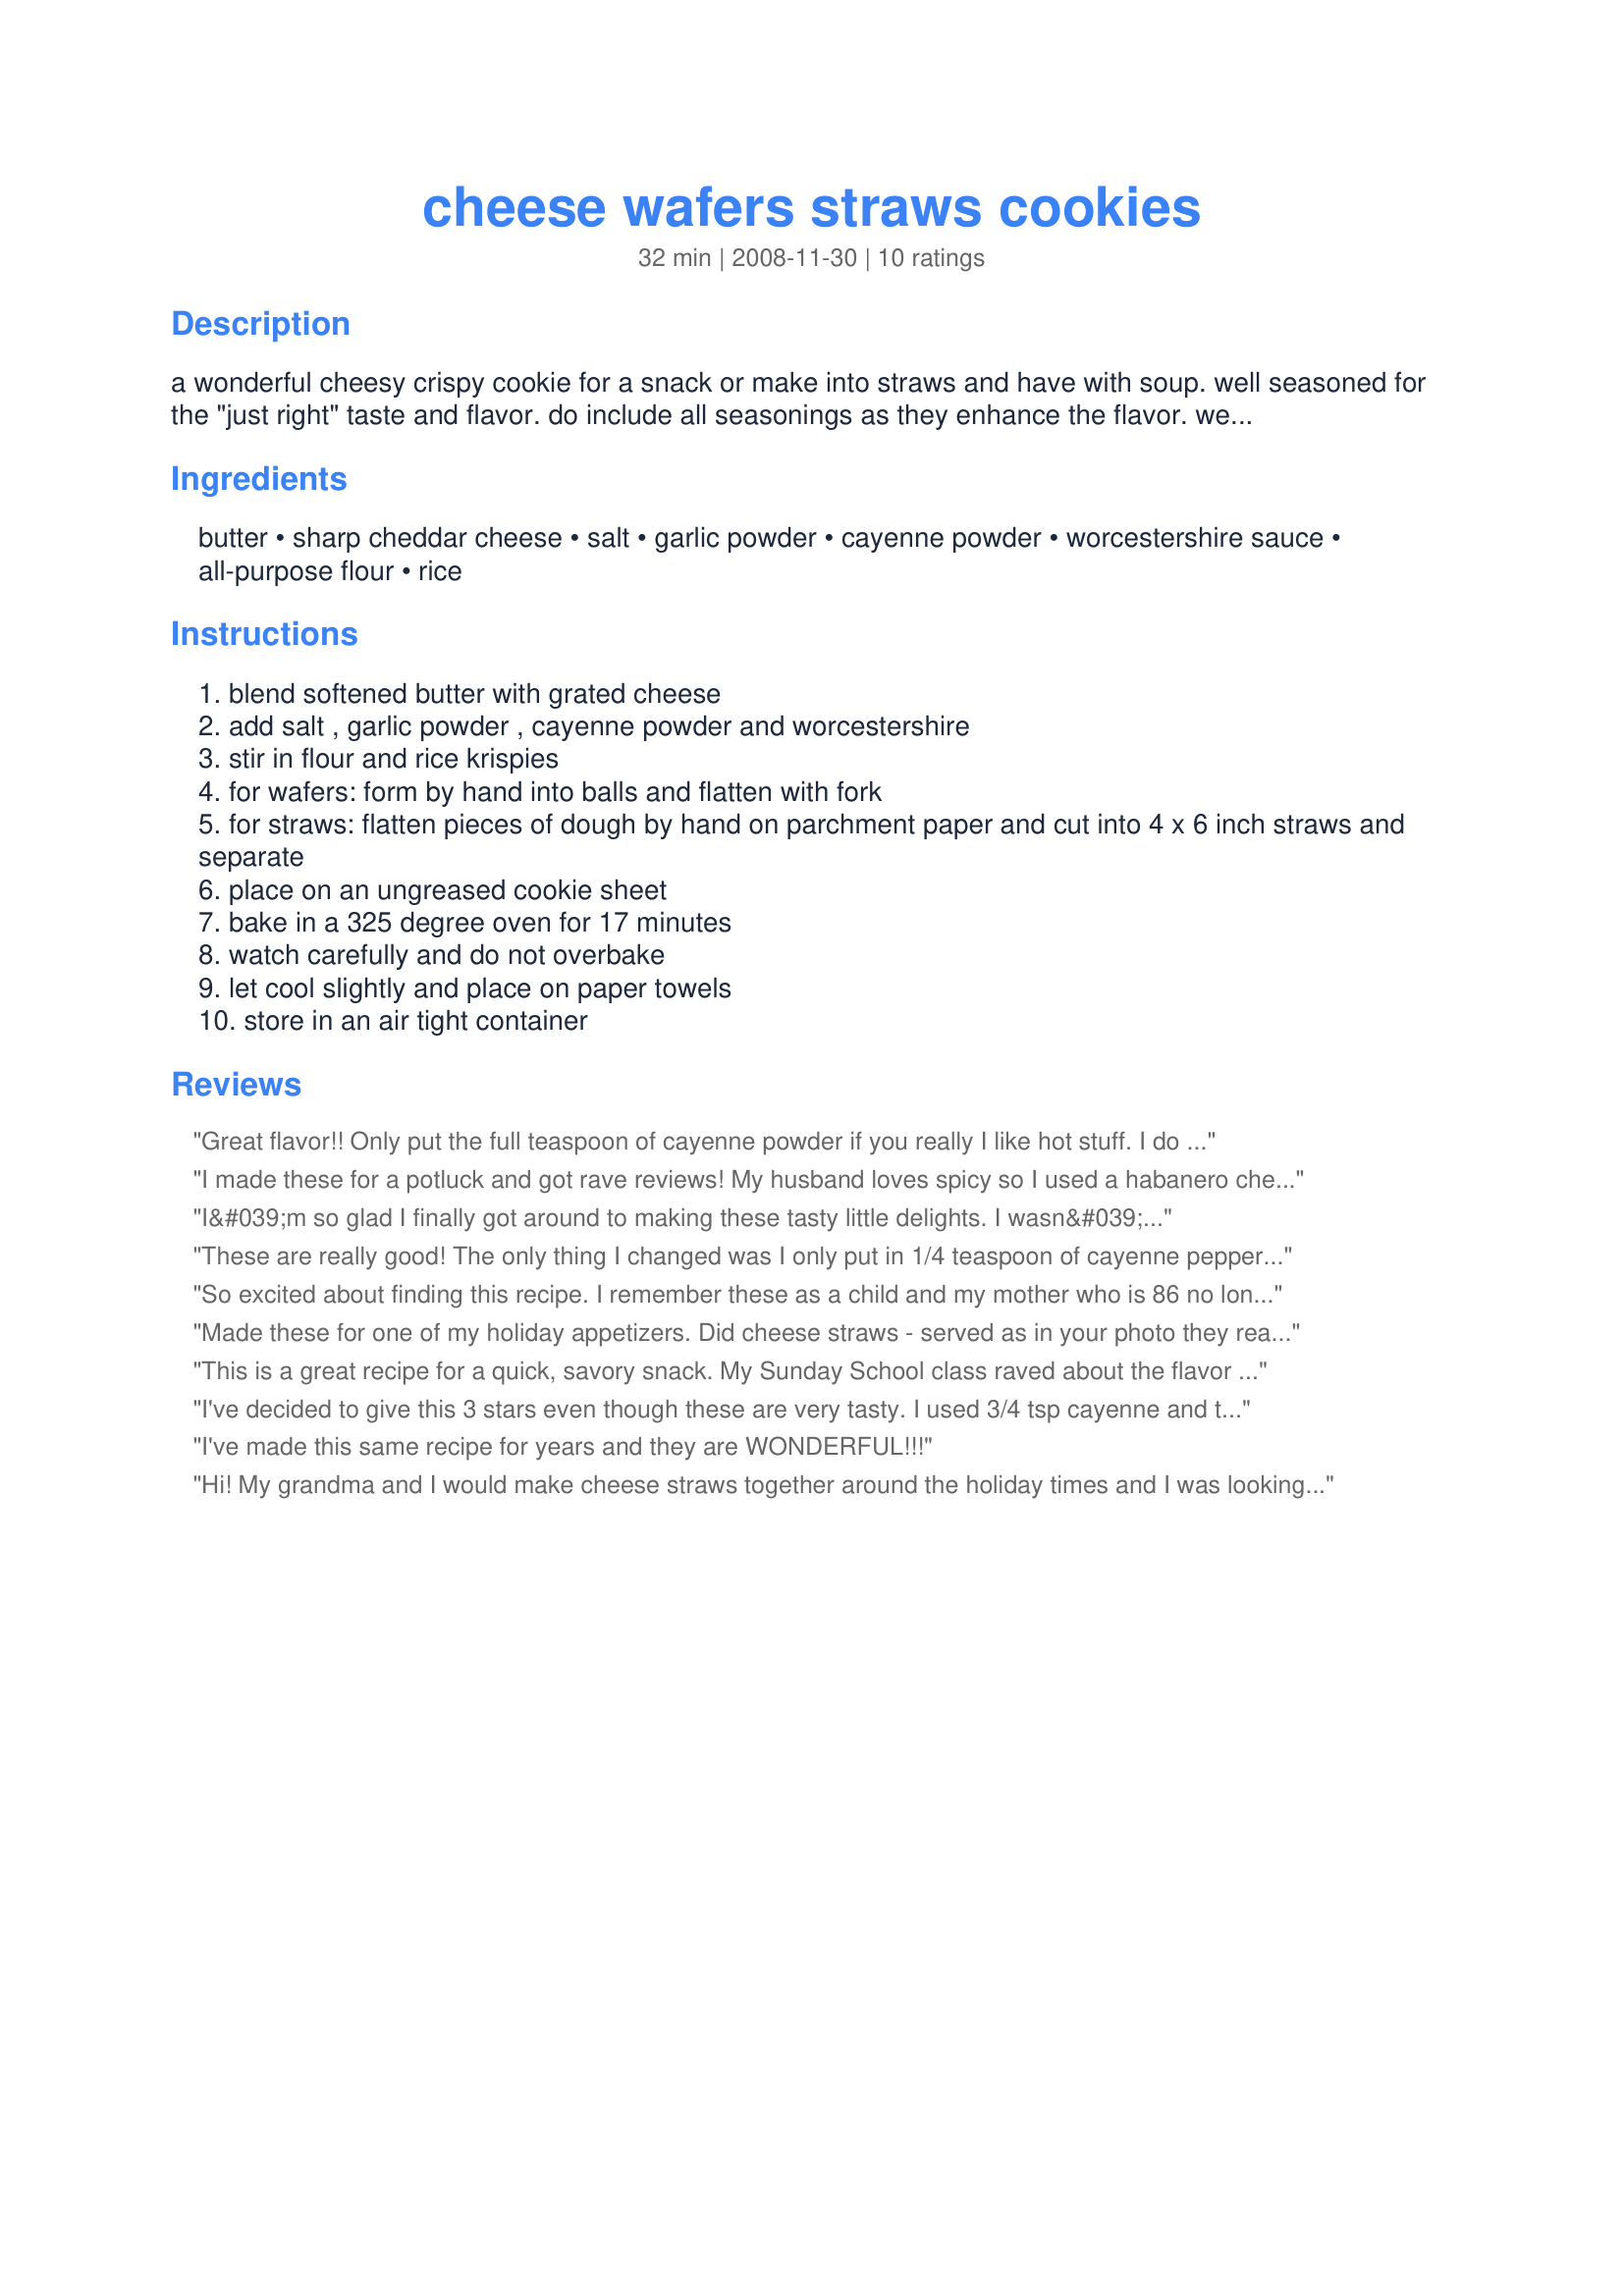
cheese wafers straws cookies
Preparation time: 32 minutes

a wonderful cheesy crispy cookie for a snack or make into straws and have with soup. well seasoned for the "just right" taste and flavor. do include all seasonings as they enhance the flavor. we are a third generation family enjoying these cheese wafers or cheese krispies as some of us call them. a great appetizer for parties or weddings. they go well with coffee, fruit drink or a cocktail. note: put only 1/2 teaspoon cayenne powder if you don't like it very hot.

Ingredients:
butter, sharp cheddar cheese, salt, garlic powder, cayenne powder, worcestershire sauce, all-purpose flour, rice

Steps:
blend softened butter with grated cheese
add salt , garlic powder , cayenne powder and worcestershire
stir in flour and rice krispies
for wafers: form by hand into balls and flatten with fork
for straws: flatten pieces of dough by hand on parchment paper and cut into 4 x 6 inch straws and separate
place on an ungreased cookie sheet
bake in a 325 degree oven for 17 minutes
watch carefully and do not overbake
let cool slightly and place on paper towels
store in an air tight container

Reviews:
Great flavor!! Only put the full teaspoon of cayenne powder if you really I like hot stuff. I do so I put the whole teaspoon. I think I mixed the butter and cheese wrong because my mix came out very dry. Next time I will use a blender and a little more butter. But this is a really great recipe, and I will try to get it right next time
I made these for a potluck and got rave reviews! My husband loves spicy so I used a habanero cheddar. They were really spicy, and I missed the sharp cheddar taste, so next time I think I will use 1/2 extra sharp cheddar, and 1/2 habanero cheddar.
I&#039;m so glad I finally got around to making these tasty little delights. I wasn&#039;t sure how well I liked them at first, I thought the worcestershire sauce seemed a little over powering, but they really grew on me and now I can&#039;t stop eating them They would be wonderful with a glass of wine or a cocktail. Thanks for posting this great recipe!
These are really good! The only thing I changed was I only put in 1/4 teaspoon of cayenne pepper because I was afraid 1 teaspoon would be too hot for me. I also added 1/4 teaspoon paprika. They still have a little kick, which is just right for me.
I mixed this up in my stand mixer and the consistency was perfect for rolling into balls for wafers.
This recipe is a keeper!
So excited about finding this recipe. I remember these as a child and my mother who is 86 no
longer remembered the recipe or where she put it. Can't wait to try and relive some wonderful Childhood Christmas Memories..
Made these for one of my holiday appetizers. Did cheese straws - served as in your photo they really looked great on the appetizer table. Love spicy and next time will go with two batches spicy straws for us - and do wafers for those who perfer less kick. That way will know which have the hot stuff!
This is a great recipe for a quick, savory snack. My Sunday School class raved about the flavor profiles: garlic, heat from the cayenne powder, tang from the Worcestershire sauce, and the crunch from rice krispies (and some added finely chopped pecans). I will definitely make them again soon - with so much leftover rice krispies, I can't think of a better way to use them up! Addendum: I liked them much better by baking them longer than the specified time.
I've decided to give this 3 stars even though these are very tasty. I used 3/4 tsp cayenne and there's some heat but not too much for me (the wimp). But...the instructions need adjustment. For instance, it would have been helpful to know how thick to pat out the dough before cutting. And then what size to cut the straws...the recipe says 4x6 which didn't make any sense to me. Lastly, after letting them cool, I attempted to put them on paper towels as instructed but they are so fragile, they just broke all apart. I can't even pick one up without it crumbling. So I'm not very happy about that. But thanks for sharing your recipe, which I may try again if it gets corrected.
I've made this same recipe for years and they are WONDERFUL!!!
Hi! My grandma and I would make cheese straws together around the holiday times and I was looking for a recipe because I had to bring snacks to my class and I wanted to bring something unique and &quot;Southern&quot;. These turned out so wonderful and made about 50 wafers which is great for my class. They are sitting beside me know and my class is not for another 8 hours or so...it is very hard to resist not eating them all before then. I LOVE the crunch of the rice crispies. Thanks for sharing!
